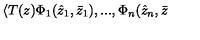
\langle T ( z ) \Phi _ { 1 } ( \hat { z } _ { 1 } , \bar { z } _ { 1 } ) , . . . , \Phi _ { n } ( \hat { z } _ { n } , \bar { z }